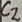
Text: C2